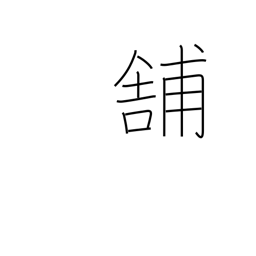
Meaning: pave